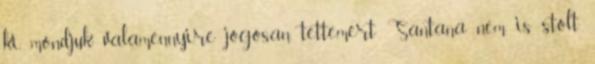
ki, mondjuk valamennyire jogosan tette,mert Santana nem is stolt